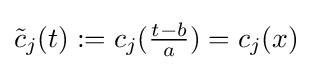
{\tilde {c}}_{j}(t):=c_{j}({\tfrac {t-b}{a}})=c_{j}(x)